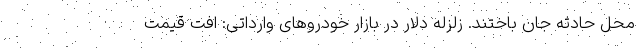
محل حادثه جان باختند. زلزله دلار در بازار خودروهای وارداتی: افت قیمت